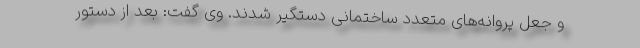
و جعل پروانه‌های متعدد ساختمانی دستگیر شدند. وی گفت: بعد از دستور